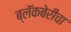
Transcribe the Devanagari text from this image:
ब्लॅकबेरीचा